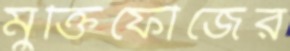
মুক্তিফৌজের